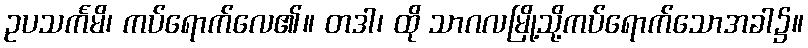
ဥပသင်္ကမိ၊ ကပ်ရောက်လေ၏။ တဒါ၊ ထို သာဂလမြို့သို့ကပ်ရောက်သောအခါ၌။